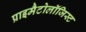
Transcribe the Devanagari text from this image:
प्राइमैटोलॉजिस्ट